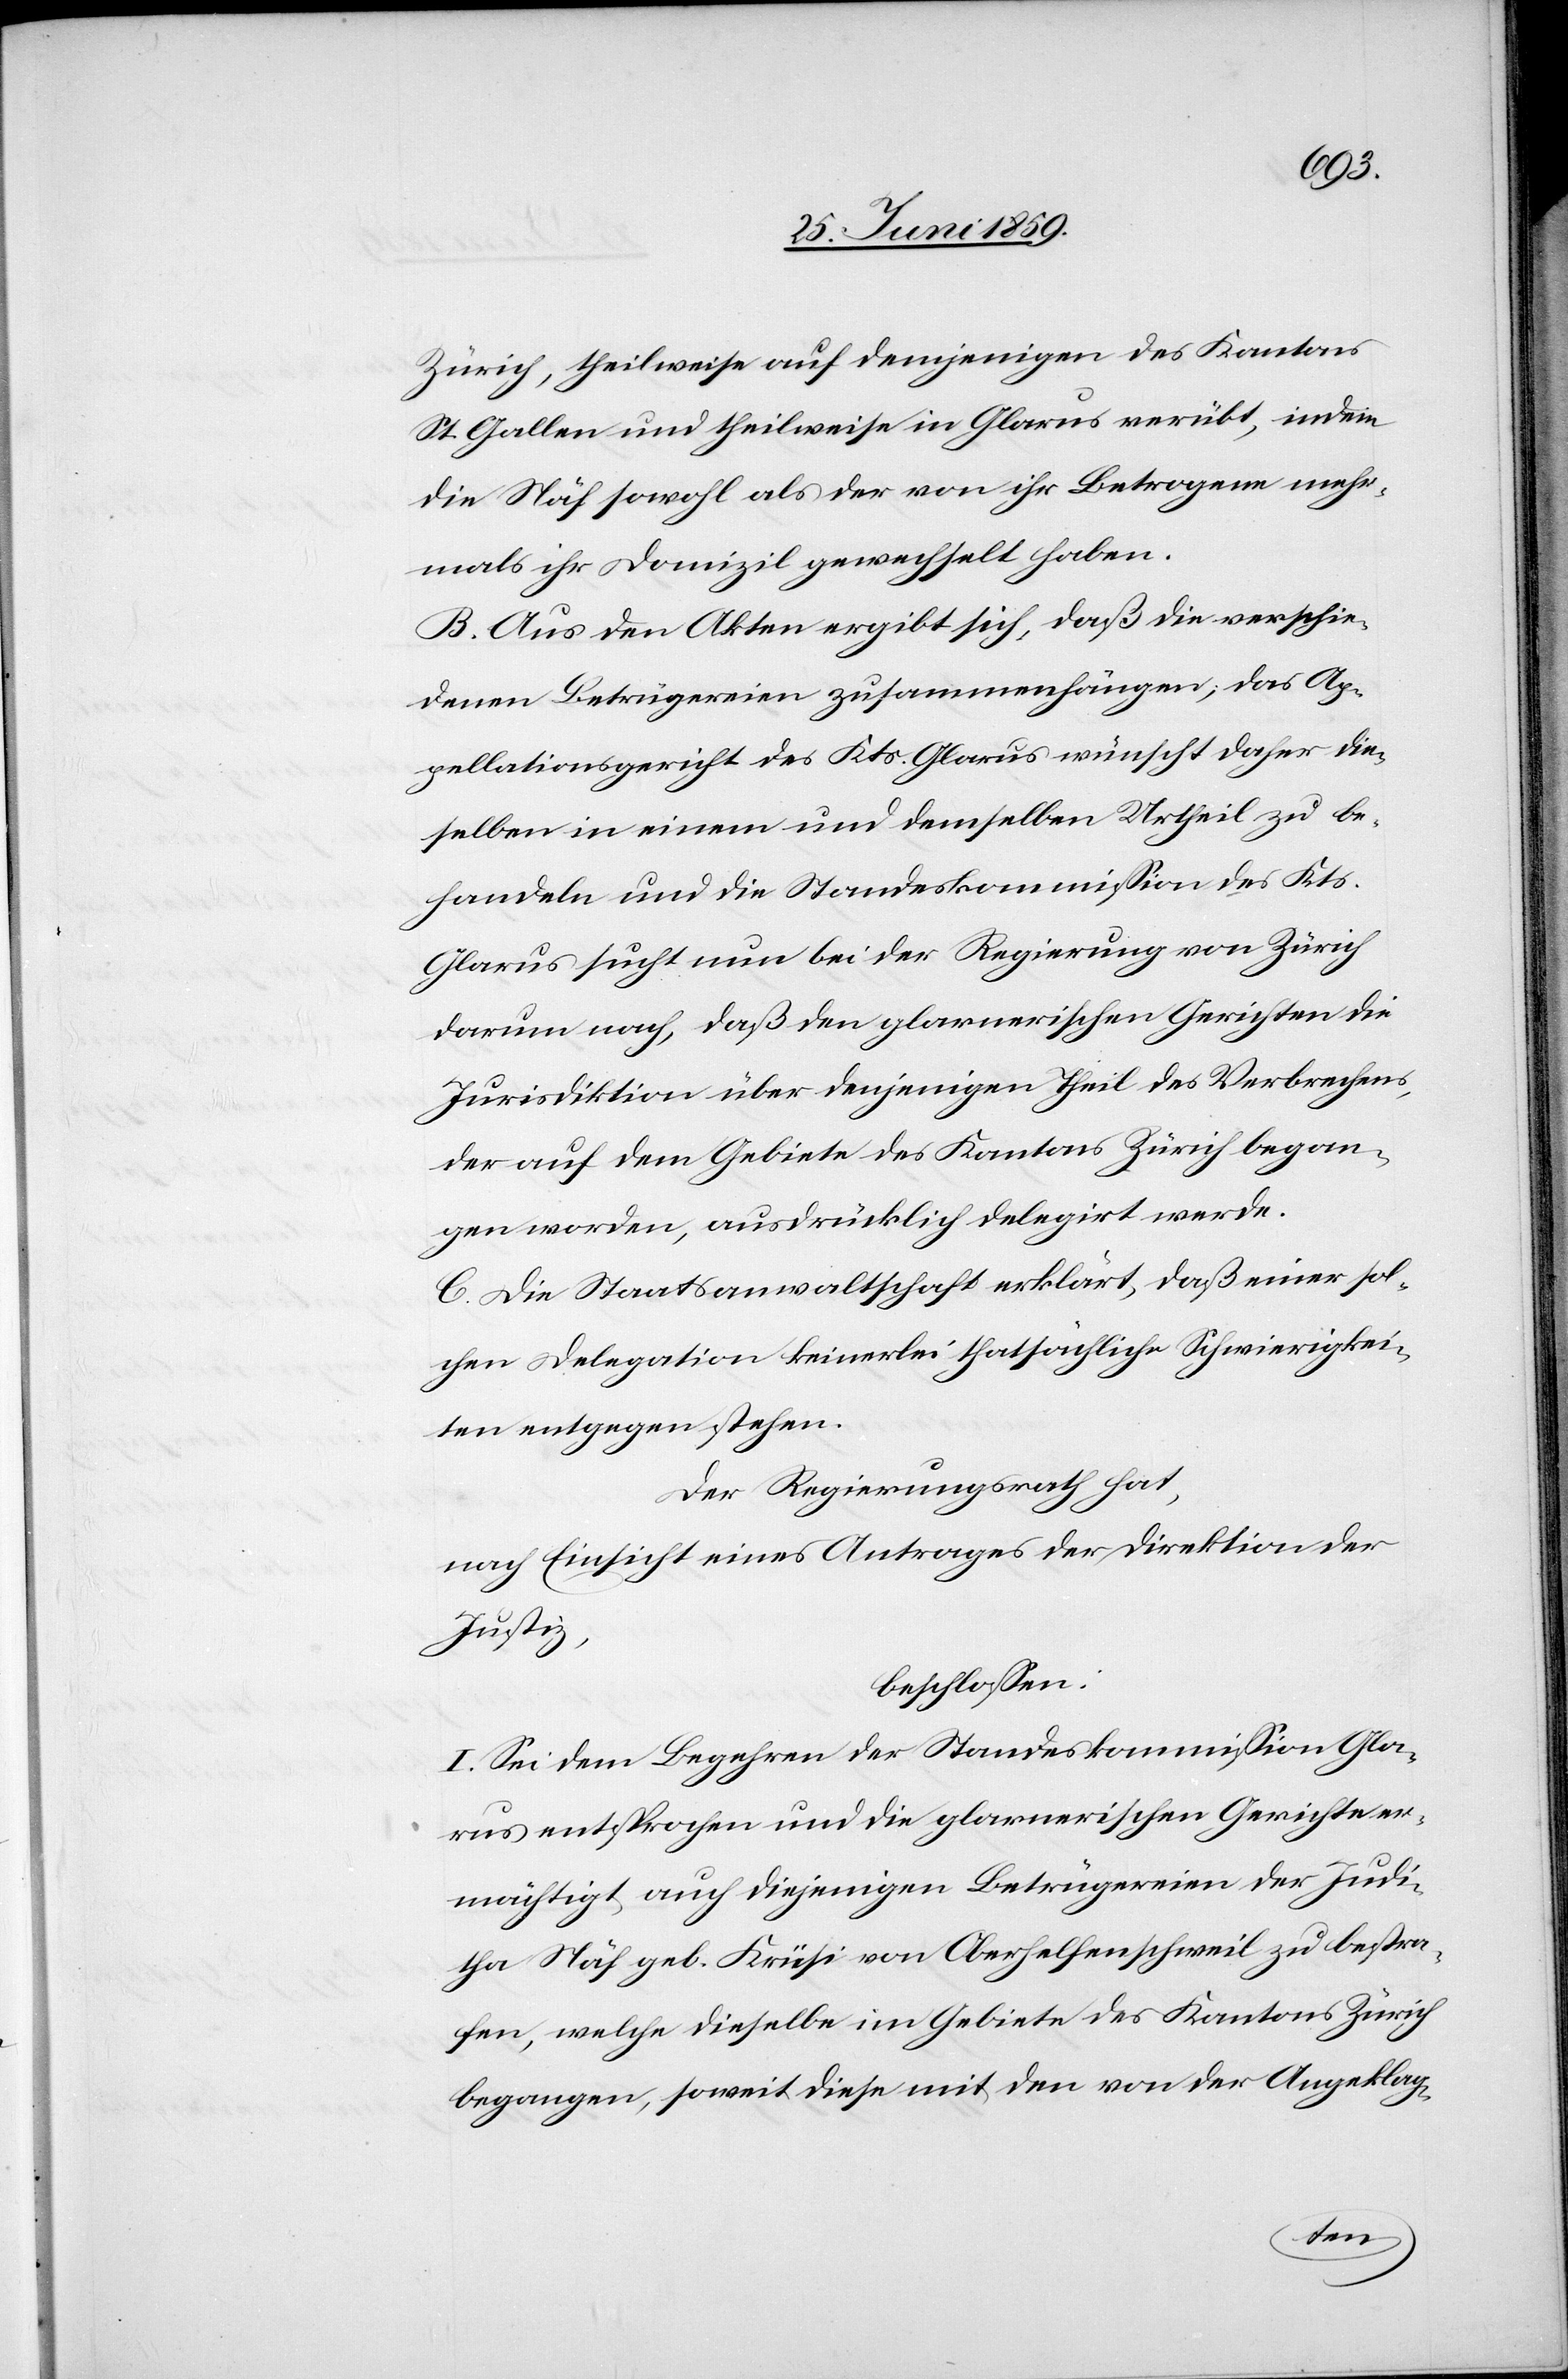
Zürich, theilweise auf demjenigen des Kantons
St. Gallen und theilweise in Glarus verübt, indem
die Näf sowohl als der von ihr Betrogene mehr¬
mals ihr Domizil gewechselt haben.
B. Aus den Akten ergibt sich, daß die verschie¬
denen Betrügereien zusammenhängen; das Ap¬
pellationsgericht des Kts. Glarus wünscht daher die¬
selben in einem und demselben Urtheil zu be¬
handeln und die Standeskommission des Kts.
Glarus sucht nun bei der Regierung von Zürich
darum nach, daß den glarnerischen Gerichten die
Jurisdiktion über denjenigen Theil des Verbrechens,
der auf dem Gebiete des Kantons Zürich began¬
gen worden, ausdrücklich delegirt werde.
C. Die Staatsanwaltschaft erklärt, daß einer sol¬
chen Delegation keinerlei thatsächliche Schwierigkei¬
ten entgegen stehen.
Der Regierungsrath hat,
nach Einsicht eines Antrages der Direktion der
Justiz,
beschlossen:
I. Sei dem Begehren der Standeskommission Gla¬
rus entsprochen und die glarnerischen Gerichte er¬
mächtigt, auch diejenigen Betrügereien der Judi¬
tha Näf geb. Krüsi von Oberhelfenschweil zu bestra¬
fen, welche dieselbe im Gebiete des Kantons Zürich
begangen, soweit diese mit den von der Angeklag-